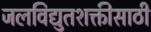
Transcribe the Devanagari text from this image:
जलविद्युतशक्तीसाठी